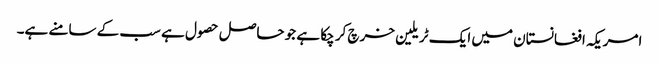
امریکہ افغانستان میں ایک ٹریلین خرچ کر چکا ہے جو حاصل حصول ہے سب کے سامنے ہے۔